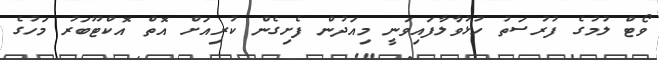
ވޯޓް ލުމުގެ ފުރުސަތު ހުޅުވާލާފައިވަނީ މިއަދުން ފެށިގެން ކުރިއަށް އޮތް އޮކްޓޫބަރު މަހުގެ